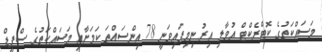
މަސައްކަތުގެ ކޮޓްރެކްޓް އުވާލި އިރު ނިމިފައިވަނީ 78 އިންސައްތަ ކަމަށާއި މަސައްކަތުގެ ސްޕީޑް